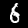
Digit: 6